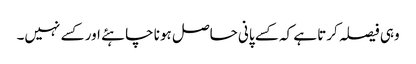
وہی فیصلہ کرتا ہے کہ کسے پانی حاصل ہونا چاہئے اور کسے نہیں۔